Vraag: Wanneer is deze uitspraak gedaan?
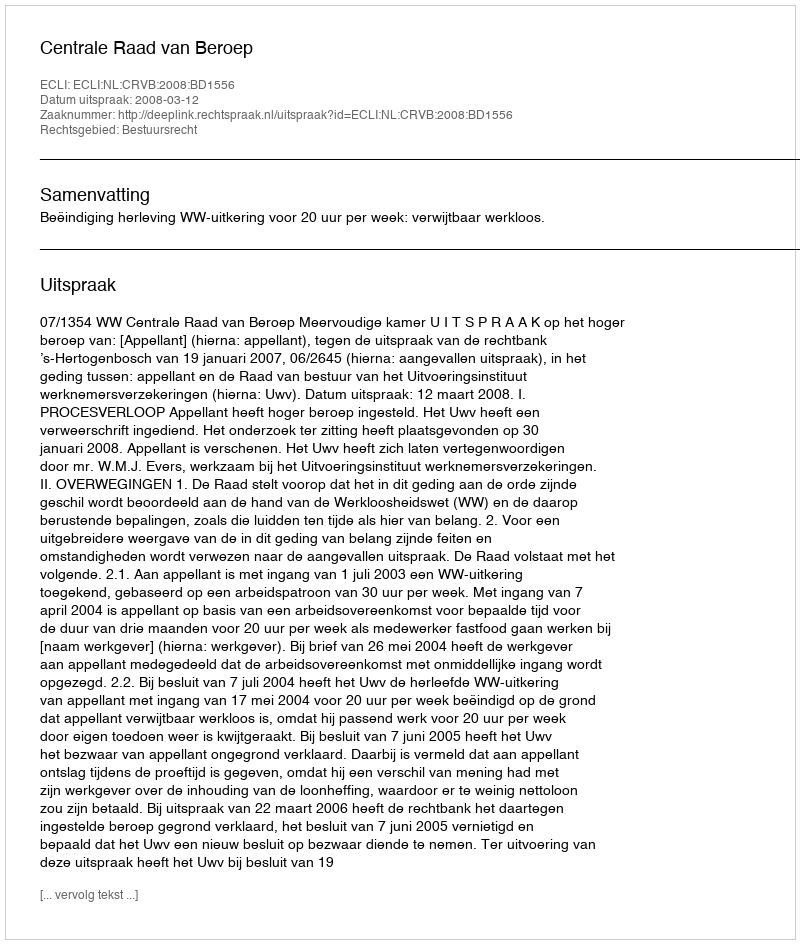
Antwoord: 2008-03-12